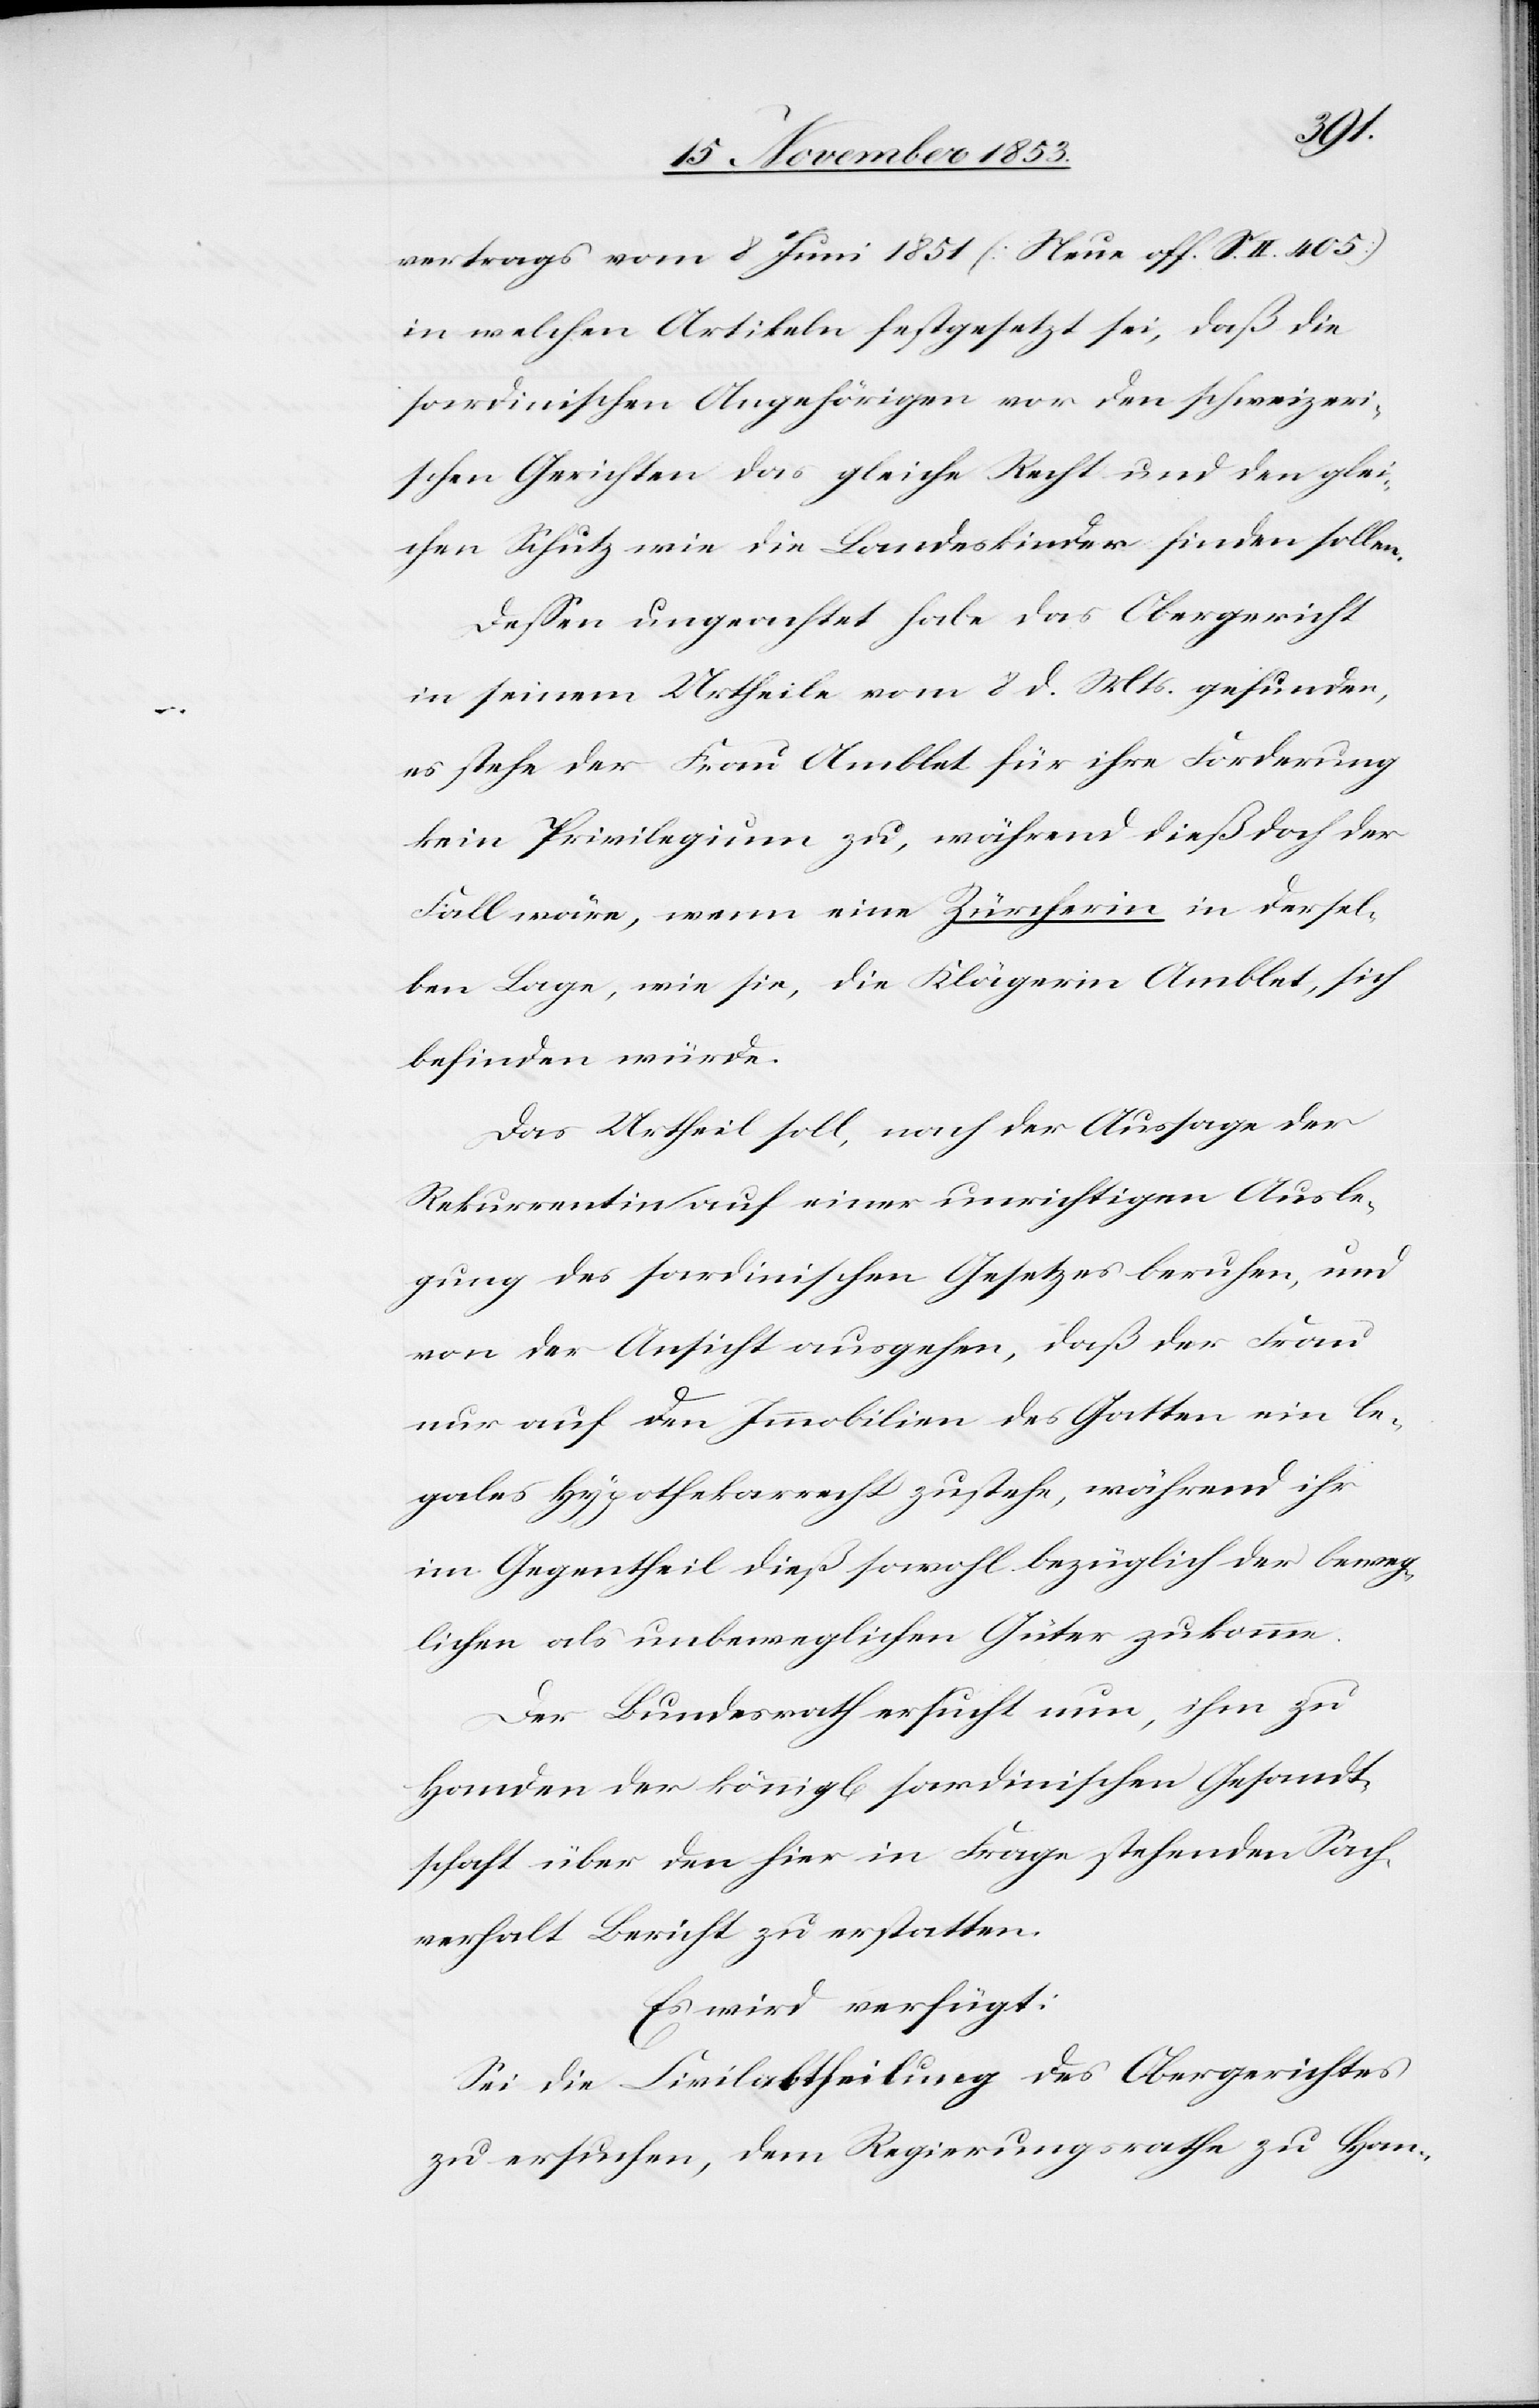
vertrags vom 8 Juni 1851 [Neue off. S. II. 405]
in welchen Artikeln festgesetzt sei, daß die
sardinischen Angehörigen vor den schweizeri¬
schen Gerichten das gleiche Recht und den glei¬
chen Schutz wie die Landeskinder finden sollen.
Deßen ungeachtet habe das Obergericht
in seinem Urtheile vom 8 d. Mts. gefunden,
es stehe der Frau Amblet für ihre Forderung
kein Privilegium zu, während dieß doch der
Fall wäre, wenn eine Zürcherin in dersel¬
ben Lage, wie sie, die Klägerin Amblet, sich
befinden würde.
Das Urtheil soll, nach der Aussage der
Rekurrentin auf einer unrichtigen Ausle¬
gung des sardinischen Gesetzes beruhen, und
von der Ansicht ausgehen, daß der Frau
nur auf den Immobilien des Gatten ein le¬
gales Hypothekarrecht zustehe, während ihr
im Gegentheil dieß sowohl bezüglich der beweg¬
lichen als unbeweglichen Güter zukomme.
Der Bundesrath ersucht nun, ihm zu
Handen der königl[ichen] sardinischen Gesandt¬
schaft über den hier in Frage stehenden Sach¬
verhalt Bericht zu erstatten.
Es wird verfügt:
Sei die Civilabtheilung des Obergerichtes
zu ersuchen, dem Regierungsrathe zu Han-